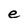
Character: e